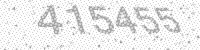
Solution: 415455